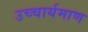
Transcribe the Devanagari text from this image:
उच्चार्यमाण